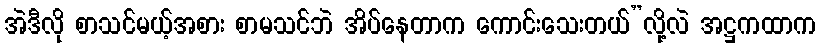
အဲဒီလို စာသင်မယ့်အစား စာမသင်ဘဲ အိပ်နေတာက ကောင်းသေးတယ်”လို့လဲ အဋ္ဌကထာက